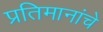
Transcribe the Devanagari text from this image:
प्रतिमानांचे